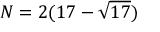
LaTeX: N = 2 ( 1 7 - { \sqrt { 1 7 } } )